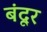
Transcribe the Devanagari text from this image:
बंदूर